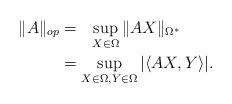
LaTeX: \begin{align*}\|A\|_{op}&= \ \ \sup_{X\in\Omega}\|AX\|_{{\Omega}^*}\\&=\sup_{X\in\Omega,Y\in\Omega}|\langle AX,Y\rangle|.\end{align*}